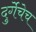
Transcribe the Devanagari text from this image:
दुर्गेचेच